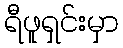
ရီဖူရှင်းမှာ